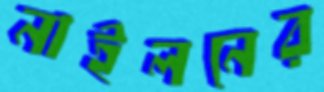
নাইলনের